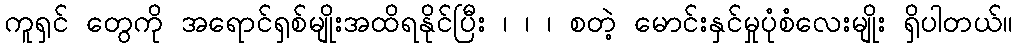
ကူရှင် တွေကို အရောင်ရှစ်မျိုးအထိရနိုင်ပြီး ၊ ၊ ၊ စတဲ့ မောင်းနှင်မှုပုံစံလေးမျိုး ရှိပါတယ်။